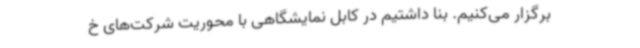
برگزار می‌کنیم. بنا داشتیم در کابل نمایشگاهی با محوریت شرکت‌های خ